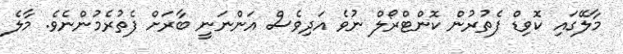
މާލޭގައި ކޮވިޑް ފެތުރުން ކޮންޓްރޯލް ނުވެ އަދިވެސް އަންނަނީ ބާރަށް ފެތުރެމުންނެވެ. މާލެ